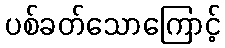
ပစ်ခတ်သောကြောင့်